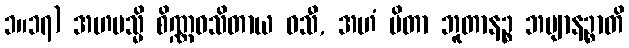
၁။၁၇) အဟမသ္မိ စိဏ္ဏဝသိတာယ ဝသီ, အဟံ ပိတာ ဘူတာနဉ္စ ဘဗျာနဉ္စာတိ